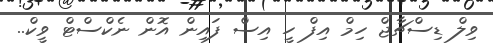
ވިލް ޑިސްޗާޖް ހިމް އިފް ހީ އިސް ފައިން އޮން ނެކްސްޓް ވީކް..